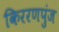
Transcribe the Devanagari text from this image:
किररणपुंज